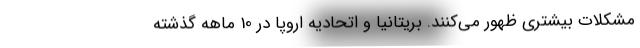
مشکلات بیشتری ظهور می‌کنند. بریتانیا و اتحادیه اروپا در 10 ماهه گذشته